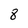
Character: 8